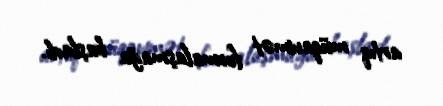
artıq müqavimət formalaşmağa başladı.